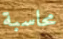
محاسبة